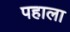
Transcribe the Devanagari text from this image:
पहाला